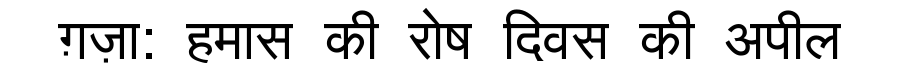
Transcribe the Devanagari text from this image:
ग़ज़ा: हमास की रोष दिवस की अपील